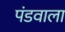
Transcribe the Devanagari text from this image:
पंडवाला